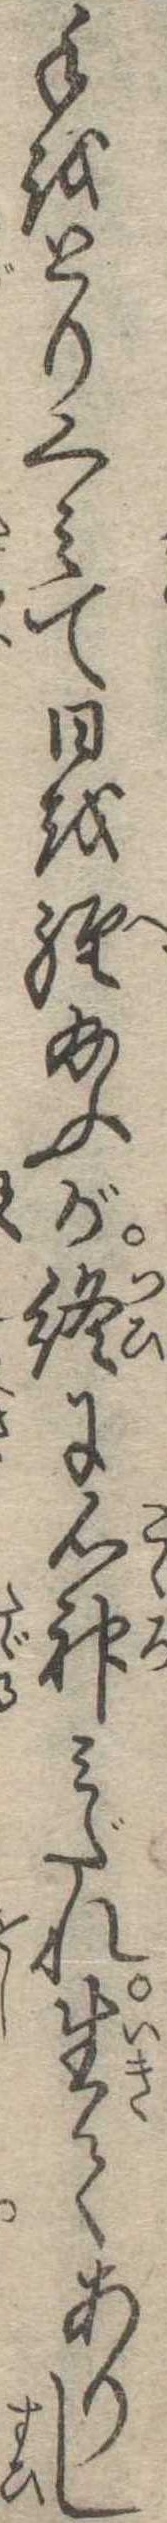
手をとりくみて日を経給ふが終に心神みだれ生てありし